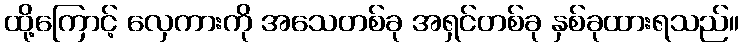
ထို့ကြောင့် လှေကားကို အသေတစ်ခု အရှင်တစ်ခု နှစ်ခုထားရသည်။